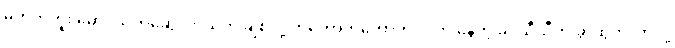
မဟုတ်ဘူး မောင်သက်ဆွေ၊ ကိုယ့်ကို ချစ်လို့ တကောက်ကောက် လိုက် နေတဲ့ ခင်သီသီကို ခွာထွက်လာလို့